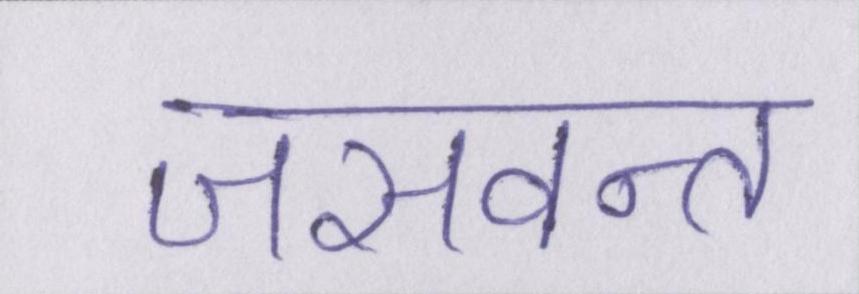
जसवन्त